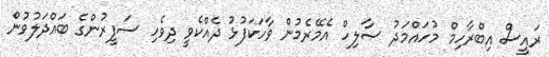
ރައީސް އިބްރާހިމް މުހައްމަދު ޞާލިހް އެމޭރެމުން ވާހަކަފުޅު ދެއްކެވީ ދިވެހި ސަފީރުންގެ ބައްދަލުވުން